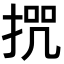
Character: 𭡒